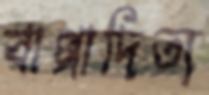
বাপ্পাদিত্য